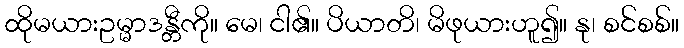
ထိုမယားဥမ္မာဒန္တီကို။ မေ၊ ငါ၏။ ပိယာတိ၊ မိဖုယားဟူ၍။ နု၊ စင်စစ်။